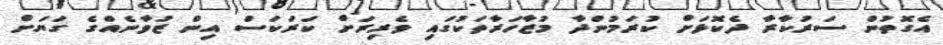
އެގޮތުން ސަރުކާރާ ދެކޮޅަށް ކުރަމުންދާ މުޒާހަރާތަކުގައި ވެރިރަށް ކަރަކަސް އިން ޒުވާނެއްގެ ގަޔަށް